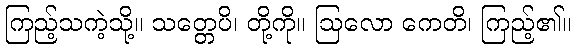
ကြည့်သကဲ့သို့။ သတ္တေပိ၊ တို့ကို။ ဩလော ကေတိ၊ ကြည့်၏။